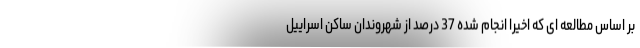
بر اساس مطالعه ای که اخیرا انجام شده 37 درصد از شهروندان ساکن اسراییل